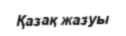
Қазақ жазуы